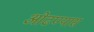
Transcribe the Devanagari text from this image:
ओढण्यास